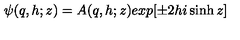
\psi ( q , h ; z ) = A ( q , h ; z ) e x p [ \pm 2 h i \sinh z ]